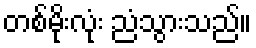
တစ်မိုးလုံး ညံသွားသည်။